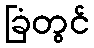
ခြံတွင်